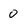
Character: 0